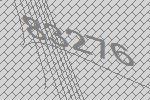
83276